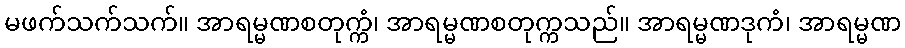
မဖက်သက်သက်။ အာရမ္မဏစတုက္ကံ၊ အာရမ္မဏစတုက္ကသည်။ အာရမ္မဏဒုကံ၊ အာရမ္မဏ